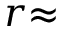
r { \approx }